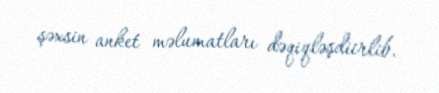
şəxsin anket məlumatları dəqiqləşdiirlib.